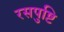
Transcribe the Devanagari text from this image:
रसपुष्टि